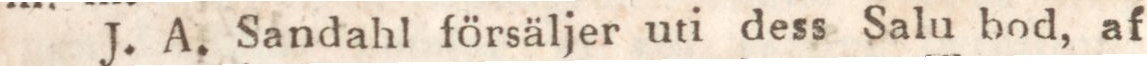
J. A. Sandahl försäljer uti dess Salu bod, af